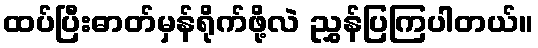
ထပ်ပြီးဓာတ်မှန်ရိုက်ဖို့လဲ ညွှန်ပြကြပါတယ်။